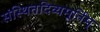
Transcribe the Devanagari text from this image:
संस्थितदिव्यमूर्तिम्